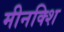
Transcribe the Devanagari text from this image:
मीनक्शि